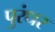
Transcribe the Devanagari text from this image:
पुरंधर